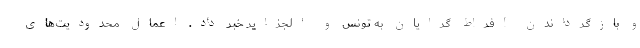
و بازگرداندن افراط گرایان به تونس و الجزایر خبر داد. اعمال محدودیت‌های